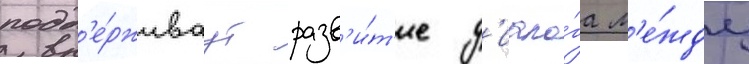
подд'е́рживаут разв'и́т'ие д'иало́га м'е́жду